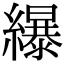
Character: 𦆿